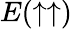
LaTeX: E(\uparrow\uparrow)